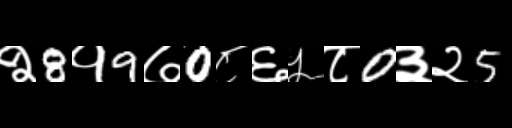
Text: २8१9७0८६५८0३२5